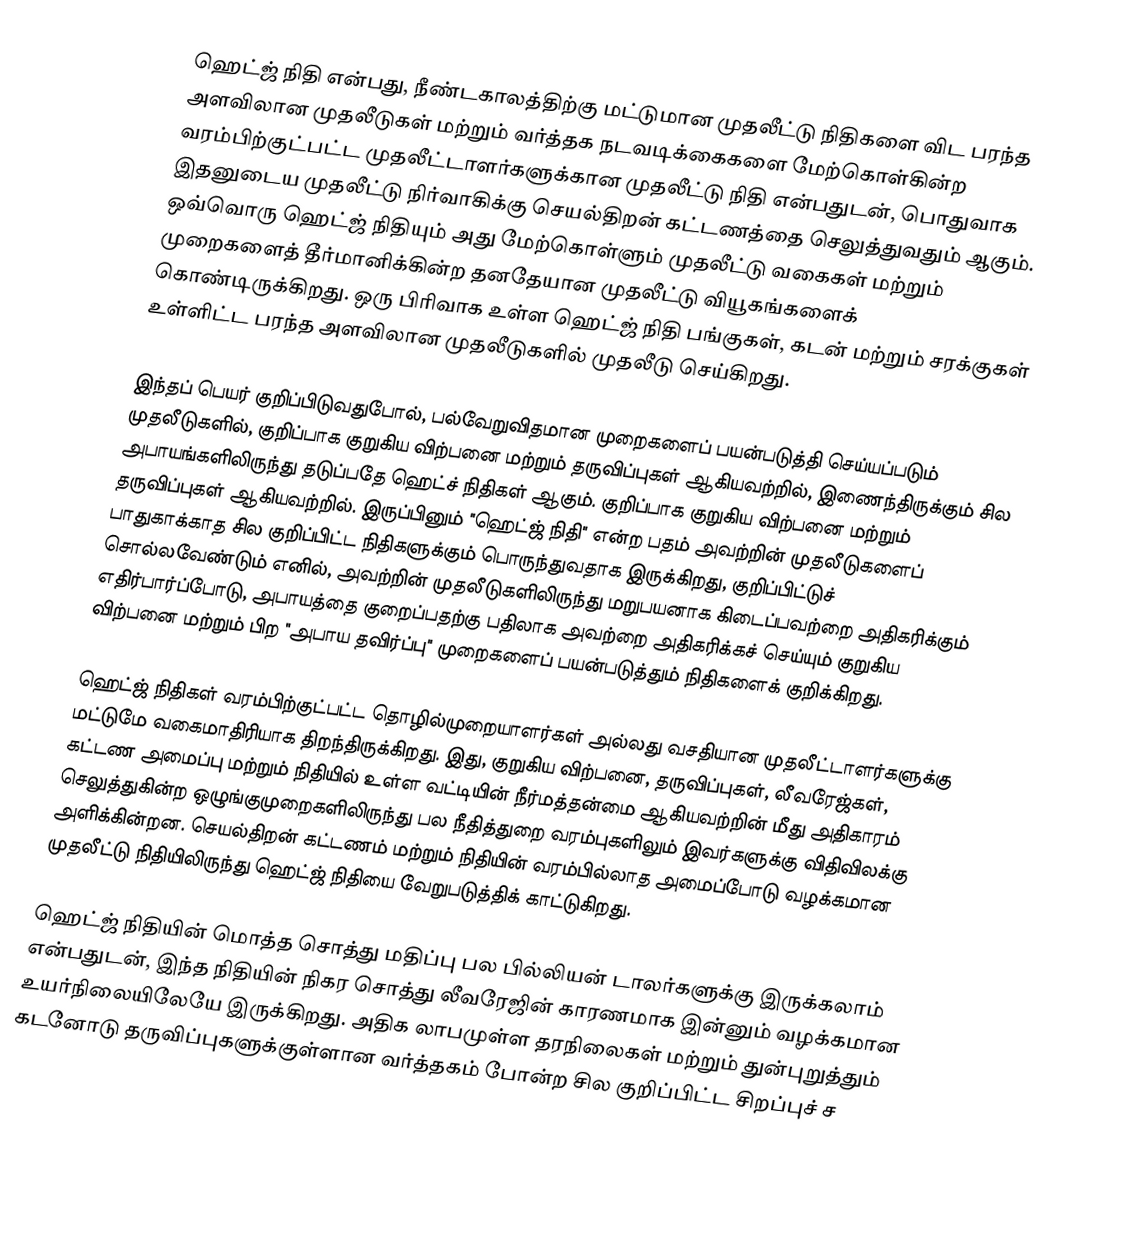
ஹெட்ஜ் நிதி என்பது, நீண்டகாலத்திற்கு மட்டுமான முதலீட்டு நிதிகளை விட பரந்த அளவிலான முதலீடுகள் மற்றும் வர்த்தக நடவடிக்கைகளை மேற்கொள்கின்ற வரம்பிற்குட்பட்ட முதலீட்டாளர்களுக்கான முதலீட்டு நிதி என்பதுடன், பொதுவாக இதனுடைய முதலீட்டு நிர்வாகிக்கு செயல்திறன் கட்டணத்தை செலுத்துவதும் ஆகும். ஒவ்வொரு ஹெட்ஜ் நிதியும் அது மேற்கொள்ளும் முதலீட்டு வகைகள் மற்றும் முறைகளைத் தீர்மானிக்கின்ற தனதேயான முதலீட்டு வியூகங்களைக் கொண்டிருக்கிறது. ஒரு பிரிவாக உள்ள ஹெட்ஜ் நிதி பங்குகள், கடன் மற்றும் சரக்குகள் உள்ளிட்ட பரந்த அளவிலான முதலீடுகளில் முதலீடு செய்கிறது.

இந்தப் பெயர் குறிப்பிடுவதுபோல், பல்வேறுவிதமான முறைகளைப் பயன்படுத்தி செய்யப்படும் முதலீடுகளில், குறிப்பாக குறுகிய விற்பனை மற்றும் தருவிப்புகள் ஆகியவற்றில், இணைந்திருக்கும் சில அபாயங்களிலிருந்து தடுப்பதே ஹெட்ச் நிதிகள் ஆகும். குறிப்பாக குறுகிய விற்பனை மற்றும் தருவிப்புகள் ஆகியவற்றில். இருப்பினும் "ஹெட்ஜ் நிதி" என்ற பதம் அவற்றின் முதலீடுகளைப் பாதுகாக்காத சில குறிப்பிட்ட நிதிகளுக்கும் பொருந்துவதாக இருக்கிறது, குறிப்பிட்டுச் சொல்லவேண்டும் எனில், அவற்றின் முதலீடுகளிலிருந்து மறுபயனாக கிடைப்பவற்றை அதிகரிக்கும் எதிர்பார்ப்போடு, அபாயத்தை குறைப்பதற்கு பதிலாக அவற்றை அதிகரிக்கச் செய்யும் குறுகிய விற்பனை மற்றும் பிற "அபாய தவிர்ப்பு" முறைகளைப் பயன்படுத்தும் நிதிகளைக் குறிக்கிறது.

ஹெட்ஜ் நிதிகள் வரம்பிற்குட்பட்ட தொழில்முறையாளர்கள் அல்லது வசதியான முதலீட்டாளர்களுக்கு மட்டுமே வகைமாதிரியாக திறந்திருக்கிறது. இது, குறுகிய விற்பனை, தருவிப்புகள், லீவரேஜ்கள், கட்டண அமைப்பு மற்றும் நிதியில் உள்ள வட்டியின் நீர்மத்தன்மை ஆகியவற்றின் மீது அதிகாரம் செலுத்துகின்ற ஒழுங்குமுறைகளிலிருந்து பல நீதித்துறை வரம்புகளிலும் இவர்களுக்கு விதிவிலக்கு அளிக்கின்றன. செயல்திறன் கட்டணம் மற்றும் நிதியின் வரம்பில்லாத அமைப்போடு வழக்கமான முதலீட்டு நிதியிலிருந்து ஹெட்ஜ் நிதியை வேறுபடுத்திக் காட்டுகிறது.

ஹெட்ஜ் நிதியின் மொத்த சொத்து மதிப்பு பல பில்லியன் டாலர்களுக்கு இருக்கலாம் என்பதுடன், இந்த நிதியின் நிகர சொத்து லீவரேஜின் காரணமாக இன்னும் வழக்கமான உயர்நிலையிலேயே இருக்கிறது. அதிக லாபமுள்ள தரநிலைகள் மற்றும் துன்புறுத்தும் கடனோடு தருவிப்புகளுக்குள்ளான வர்த்தகம் போன்ற சில குறிப்பிட்ட சிறப்புச் ச